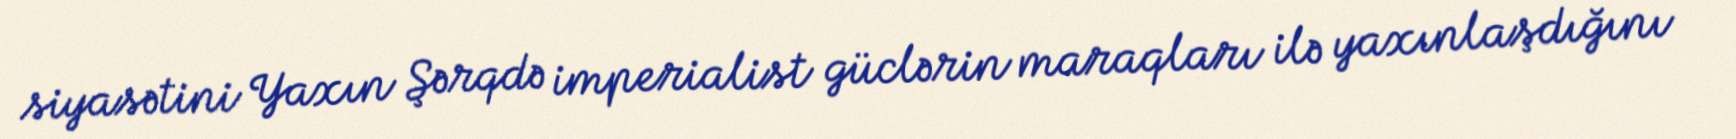
siyasətini Yaxın Şərqdə imperialist güclərin maraqları ilə yaxınlaşdığını